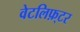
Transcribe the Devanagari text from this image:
वेटलिफ़्टर